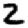
Digit: 2